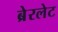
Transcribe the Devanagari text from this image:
ब्रेरलेट